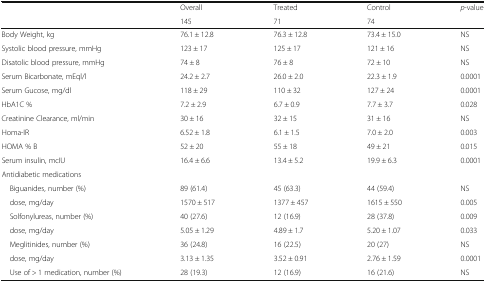
|  | Overall | Treated | Control | p-value |
 |  | 145 | 71 | 74 |  |
 | --- | --- | --- | --- | --- |
 | Body Weight, kg | 76.1 ± 12.8 | 76.3 ± 12.8 | 73.4 ± 15.0 | NS |
 | Systolic blood pressure, mmHg | 123 ± 17 | 125 ± 17 | 121 ± 16 | NS |
 | Disatolic blood pressure, mmHg | 74 ± 8 | 76 ± 8 | 72 ± 10 | NS |
 | Serum Bicarbonate, mEql/l | 24.2 ± 2.7 | 26.0 ± 2.0 | 22.3 ± 1.9 | 0.0001 |
 | Serum Gucose, mg/dl | 118 ± 29 | 110 ± 32 | 127 ± 24 | 0.0001 |
 | HbA1C % | 7.2 ± 2.9 | 6.7 ± 0.9 | 7.7 ± 3.7 | 0.028 |
 | Creatinine Clearance, ml/min | 30 ± 16 | 32 ± 15 | 31 ± 16 | NS |
 | Homa-IR | 6.52 ± 1.8 | 6.1 ± 1.5 | 7.0 ± 2.0 | 0.003 |
 | HOMA % B | 52 ± 20 | 55 ± 18 | 49 ± 21 | 0.015 |
 | Serum insulin, mcIU | 16.4 ± 6.6 | 13.4 ± 5.2 | 19.9 ± 6.3 | 0.0001 |
 | <COLSPAN=5> Antidiabetic medications |
 | Biguanides, number (%) | 89 (61.4) | 45 (63.3) | 44 (59.4) | NS |
 | dose, mg/day | 1570 ± 517 | 1377 ± 457 | 1615 ± 550 | 0.005 |
 | Solfonylureas, number (%) | 40 (27.6) | 12 (16.9) | 28 (37.8) | 0.009 |
 | dose, mg/day | 5.05 ± 1.29 | 4.89 ± 1.7 | 5.20 ± 1.07 | 0.033 |
 | Meglitinides, number (%) | 36 (24.8) | 16 (22.5) | 20 (27) | NS |
 | dose, mg/day | 3.13 ± 1.35 | 3.52 ± 0.91 | 2.76 ± 1.59 | 0.0001 |
 | Use of > 1 medication, number (%) | 28 (19.3) | 12 (16.9) | 16 (21.6) | NS |